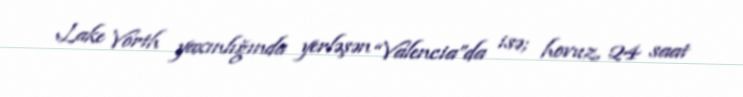
Lake Vorth yaxınlığında yerləşən “Valencia”da isə; hovuz, 24 saat